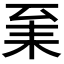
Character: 𦓩